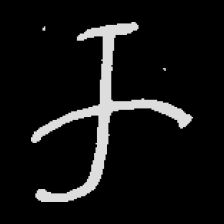
Pyu character \u2014 Myanmar letter: က (romanized: ka)